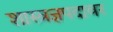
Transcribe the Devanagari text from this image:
शास्त्रज्ञपदावर